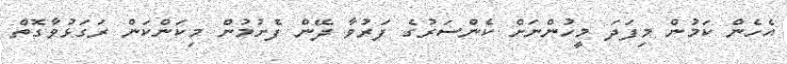
އެހެން ކަމުން މިފަދަ މީހުންނަށް ކެންސަރުގެ ފަރުވާ ދޭން ފެށުމުން މިކަންކަން ރަގަޅުވާގޮތް